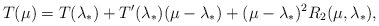
\begin{align*}T(\mu)=T(\lambda_{*})+T^{\prime}(\lambda_{*})(\mu-\lambda_{*})+(\mu-\lambda_{*})^{2}R_2(\mu,\lambda_{*}),\end{align*}